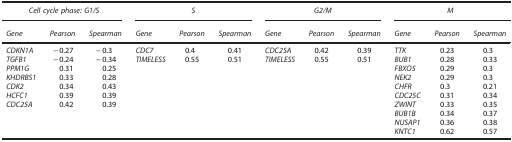
<table><thead><tr><td colspan="3"><b><i>Cell cycle phase: G1/S</i></b></td><td colspan="3"><b><i>S</i></b></td><td colspan="3"><b><i>G2/M</i></b></td><td colspan="3"><b><i>M</i></b></td></tr><tr><td><b><i>Gene</i></b></td><td><b><i>Pearson</i></b></td><td><b><i>Spearman</i></b></td><td><b><i>Gene</i></b></td><td><b><i>Pearson</i></b></td><td><b><i>Spearman</i></b></td><td><b><i>Gene</i></b></td><td><b><i>Pearson</i></b></td><td><b><i>Spearman</i></b></td><td><b><i>Gene</i></b></td><td><b><i>Pearson</i></b></td><td><b><i>Spearman</i></b></td></tr></thead><tbody><tr><td><i>CDKN1A</i></td><td>−0.27</td><td>−0.3</td><td><i>CDC7</i></td><td>0.4</td><td>0.41</td><td><i>CDC25A</i></td><td>0.42</td><td>0.39</td><td><i>TTK</i></td><td>0.23</td><td>0.3</td></tr><tr><td><i>TGFB1</i></td><td>−0.24</td><td>−0.34</td><td><i>TIMELESS</i></td><td>0.55</td><td>0.51</td><td><i>TIMELESS</i></td><td>0.55</td><td>0.51</td><td><i>BUB1</i></td><td>0.28</td><td>0.33</td></tr><tr><td><i>PPM1G</i></td><td>0.31</td><td>0.25</td><td> </td><td> </td><td> </td><td></td><td> </td><td> </td><td><i>FBXO5</i></td><td>0.29</td><td>0.3</td></tr><tr><td><i>KHDRBS1</i></td><td>0.33</td><td>0.28</td><td> </td><td> </td><td> </td><td></td><td> </td><td> </td><td><i>NEK2</i></td><td>0.29</td><td>0.3</td></tr><tr><td><i>CDK2</i></td><td>0.34</td><td>0.43</td><td> </td><td> </td><td> </td><td></td><td> </td><td> </td><td><i>CHFR</i></td><td>0.3</td><td>0.21</td></tr><tr><td><i>HCFC1</i></td><td>0.39</td><td>0.39</td><td> </td><td> </td><td> </td><td></td><td> </td><td> </td><td><i>CDC25C</i></td><td>0.31</td><td>0.34</td></tr><tr><td><i>CDC25A</i></td><td>0.42</td><td>0.39</td><td> </td><td> </td><td> </td><td></td><td> </td><td> </td><td><i>ZWINT</i></td><td>0.33</td><td>0.35</td></tr><tr><td></td><td> </td><td> </td><td></td><td> </td><td> </td><td></td><td></td><td></td><td><i>BUB1B</i></td><td>0.34</td><td>0.37</td></tr><tr><td></td><td> </td><td> </td><td></td><td> </td><td> </td><td></td><td></td><td></td><td><i>NUSAP1</i></td><td>0.36</td><td>0.38</td></tr><tr><td></td><td> </td><td> </td><td></td><td></td><td></td><td></td><td></td><td></td><td><i>KNTC1</i></td><td>0.62</td><td>0.57</td></tr></tbody></table>